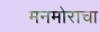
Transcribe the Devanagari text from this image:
मनमोराचा